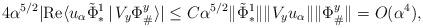
LaTeX: \begin{align*}4 \alpha^{5/2} | \mathrm{Re}\langle u_{\alpha} \tilde{\Phi}_*^1\,|\, V_y \Phi_{\#}^y \rangle| \leq C \alpha^{5/2} \|\tilde{\Phi}_*^1\| \|V_y u_{\alpha}\| \|\Phi_{\#}^y\| = O(\alpha^4),\end{align*}